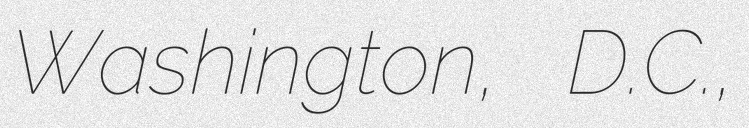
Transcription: Washington, D.C.,